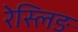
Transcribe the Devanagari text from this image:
रेस्लिङ